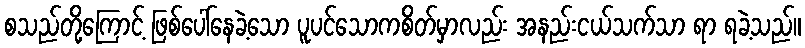
စသည်တို့ကြောင့် ဖြစ်ပေါ်နေခဲ့သော ပူပင်သောကစိတ်မှာလည်း အနည်းငယ်သက်သာ ရာ ရခဲ့သည်။